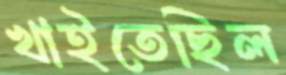
খাইতেছিল